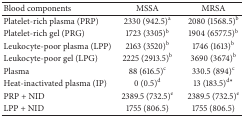
<table><thead><tr><td><b>Blood components</b></td><td><b>MSSA</b></td><td><b>MRSA</b></td></tr></thead><tbody><tr><td>Platelet-rich plasma (PRP)</td><td>2330 (942.5)<sup>a</sup></td><td>2080 (1568.5)<sup>b</sup></td></tr><tr><td>Platelet-rich gel (PRG)</td><td>1723 (3305)<sup>b</sup></td><td>1904 (6577.5)<sup>b</sup></td></tr><tr><td>Leukocyte-poor plasma (LPP)</td><td>2163 (3520)<sup>b</sup></td><td>1746 (1613)<sup>b</sup></td></tr><tr><td>Leukocyte-poor gel (LPG)</td><td>2225 (2913.5)<sup>b</sup></td><td>3690 (3674)<sup>b</sup></td></tr><tr><td>Plasma</td><td>88 (616.5)<sup>c</sup></td><td>330.5 (894)<sup>c</sup></td></tr><tr><td>Heat-inactivated plasma (IP)</td><td>0 (0.5)<sup>d</sup></td><td>13 (183.5)<sup>d∗</sup></td></tr><tr><td>PRP + NID</td><td>2389.5 (732.5)<sup>e</sup></td><td>2389.5 (732.5)<sup>e</sup></td></tr><tr><td>LPP + NID</td><td>1755 (806.5)</td><td>1755 (806.5)</td></tr></tbody></table>